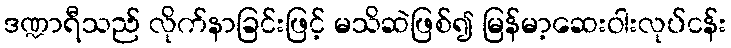
ဒဏ္ဍာရီသည် လိုက်နာခြင်းဖြင့် မသိဆဲဖြစ်၍ မြန်မာ့ဆေးဝါးလုပ်ငန်း